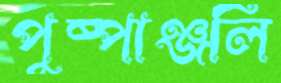
পুষ্পাঞ্জলি